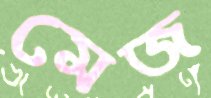
মেজ